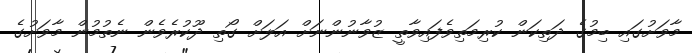
މާވަށުގައި ބިމުގެ ދަތިކަން ކުރިމަތިވެފައިވާތީ ޒުވާނުންނަށް އަލަށް ގޯތި ދޫކުރެވެން ނެތުމުން މާވަށުގެ